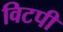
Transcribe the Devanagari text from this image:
विटपी